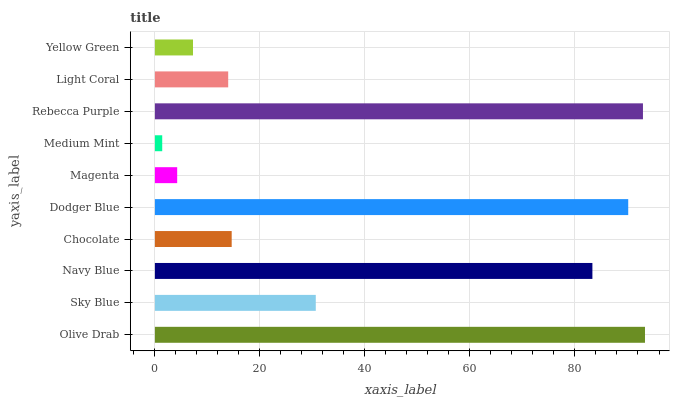
| yaxis_label | bars |
 | --- | --- |
 | Olive Drab | 93.3 |
 | Sky Blue | 30.6 |
 | Navy Blue | 83.3 |
 | Chocolate | 14.6 |
 | Dodger Blue | 90.1 |
 | Magenta | 4.24 |
 | Medium Mint | 1.4 |
 | Rebecca Purple | 92.9 |
 | Light Coral | 14 |
 | Yellow Green | 7.26 |